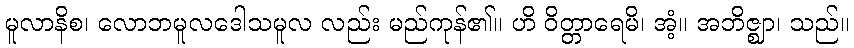
မူလာနိစ၊ လောဘမူလဒေါသမူလ လည်း မည်ကုန်၏။ ဟိ ဝိတ္တာရေမိ၊ အံ့။ အဘိဇ္ဈာ၊ သည်။